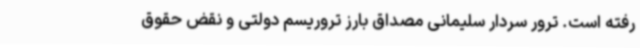
رفته است. ترور سردار سلیمانی مصداق بارز تروریسم دولتی و نقض حقوق